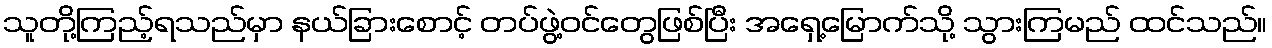
သူတို့ကြည့်ရသည်မှာ နယ်ခြားစောင့် တပ်ဖွဲ့ဝင်တွေဖြစ်ပြီး အရှေ့မြောက်သို့ သွားကြမည် ထင်သည်။